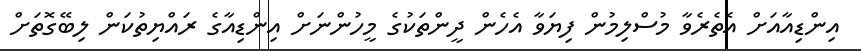
އިންޑިއާއަށް އެތެރެވާ މުސްލިމުން ފިޔަވާ އެހެން ދީންތަކުގެ މީހުންނަށް އިންޑިއާގެ ރައްޔިތުކަން ލިބޭގޮތަށް